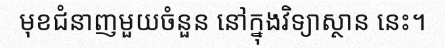
មុខជំនាញមួយចំនួន នៅក្នុងវិទ្យាស្ថាន នេះ។